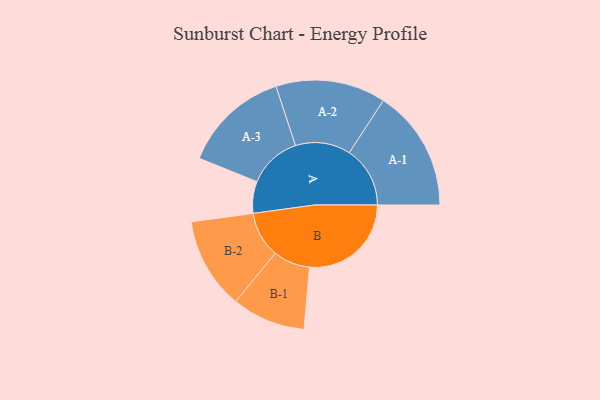
{"axis": {"x": "Segment", "y": "Value"}, "legend": ["", "A", "B"], "data": [{"x": "A", "y": 115, "type": ""}, {"x": "B", "y": 368, "type": ""}, {"x": "A-1", "y": 220, "type": "A"}, {"x": "A-2", "y": 199, "type": "A"}, {"x": "A-3", "y": 193, "type": "A"}, {"x": "B-1", "y": 133, "type": "B"}, {"x": "B-2", "y": 166, "type": "B"}]}